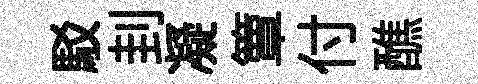
駁刲凝簟付醮